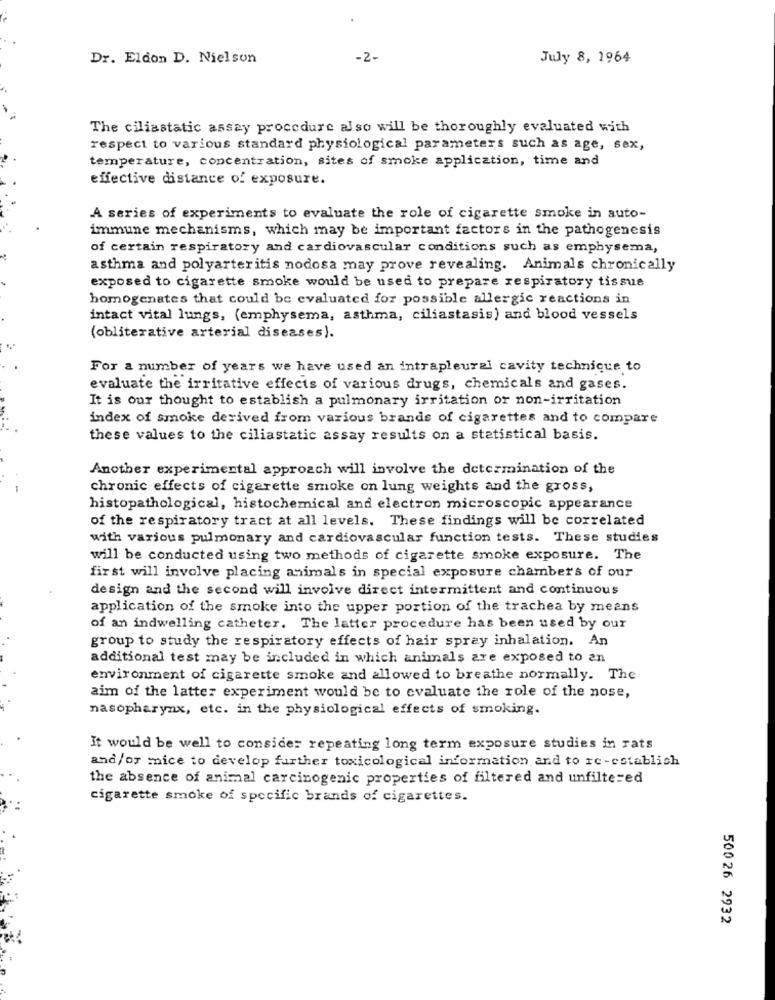
Dr. Eldon D. Nielson
-2.
July 8, 1964
The ciliastatic assay procedure also will be thoroughly evaluated with
respect to various standard physiological parameters such as age, sex,
temperature, concentration, sites of smoke application, time and
effective distance of exposure.
A series of experiments to evaluate the role of cigarette smoke in auto-
immune mechanisms, which may be important factors in the pathogenesis
of certain respiratory and cardiovascular conditions such as emphysema,
asthma and polyarteritis nodosa may prove revealing. Animals chronically
exposed to cigarette smoke would be used to prepare respiratory tissue
homogenates that could be evaluated for possible allergic reactions in
intact vital lungs, (emphysema, asthma, ciliastasis) and blood vessels
(obliterative arterial diseases).
For a number of years we have used an intrapleural cavity technique to
evaluate the irritative effects of various drugs, chemicals and gases.
It is our thought to establish a pulmonary irritation or non-irritation
index of smoke derived from various brands of cigarettes and to compare
these values to the ciliastatic assay results on a statistical basis.
Another experimental approach will involve the determination of the
chronic effects of cigarette smoke on lung weights and the gross,
histopathological, histochemical and electron microscopic appearance
of the respiratory tract at all levels. These findings will be correlated
with various pulmonary and cardiovascular function tests. These studies
will be conducted using two methods of cigarette smoke exposure. The
first will involve placing animals in special exposure chambers of our
design and the second will involve direct intermittent and continuous
application of the smoke into the upper portion of the trachea by means
of an indwelling catheter. The latter procedure has been used by our
group to study the respiratory effects of hair spray inhalation. An
additional test may be included in which animals are exposed to an
environment of cigarette smoke and allowed to breathe normally. The
aim of the latter experiment would be to evaluate the role of the nose,
nasopharynx, etc. in the physiological effects of smoking.
It would be well to consider repeating long term exposure studies in rats
and/or mice to develop further toxicological information and to re-establish
the absence of animal carcinogenic properties of filtered and unfiltered
cigarette smoke of specific brands of cigarettes.
500 26 2932